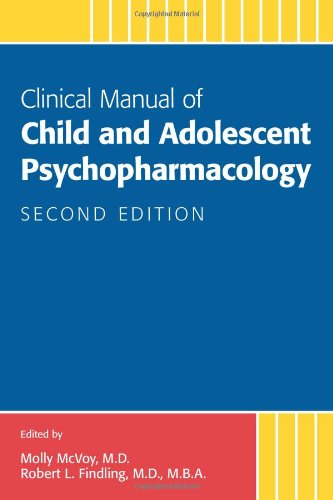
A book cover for Clinical Manual of Child and Adolescent Psychopharmacology, Second Edition; Molly McVoy M.D.; Medical Books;